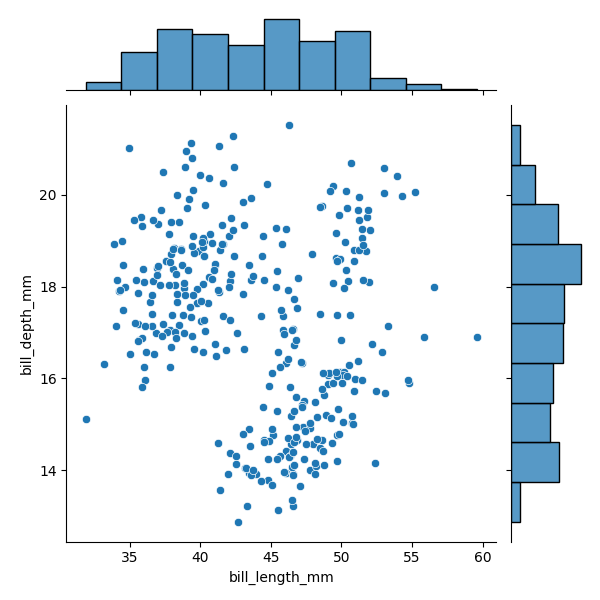
python, seaborn, JointGrid, scatterplot, histplot